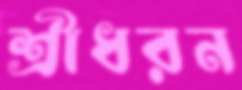
শ্রীধরন